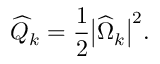
\widehat { Q } _ { k } = \frac { 1 } { 2 } \big | \widehat { \boldsymbol { \Omega } } _ { k } \big | ^ { 2 } .